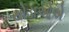
થોડાઓએ